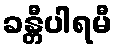
ခန္တီပါရမီ